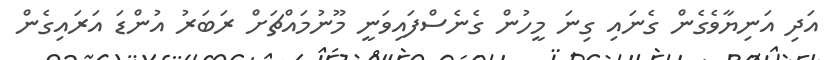
އަދި އަނިޔާވެގެން ގެނައި ގިނަ މީހުން ގެނެސްފައިވަނީ މޫނުމައްޗަށް ރަބަރު އުންޑަ އަރައިގެން